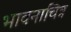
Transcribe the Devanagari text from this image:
भावनाचित्र